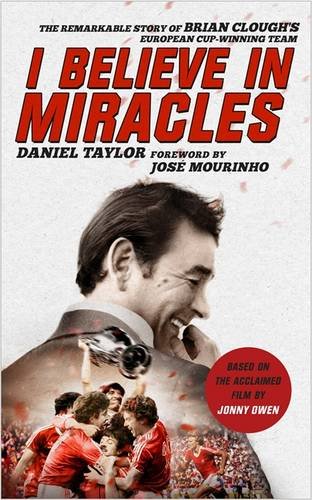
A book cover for I Believe in Miracles: The Remarkable Story of Brian Clough's European Cup-Winning Team; Daniel Taylor; Sports & Outdoors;